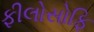
ફીલોસોફિ